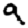
Digit: 9